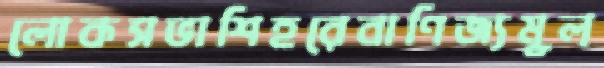
লোকসভাশিহরেবাণিজ্যমূল্